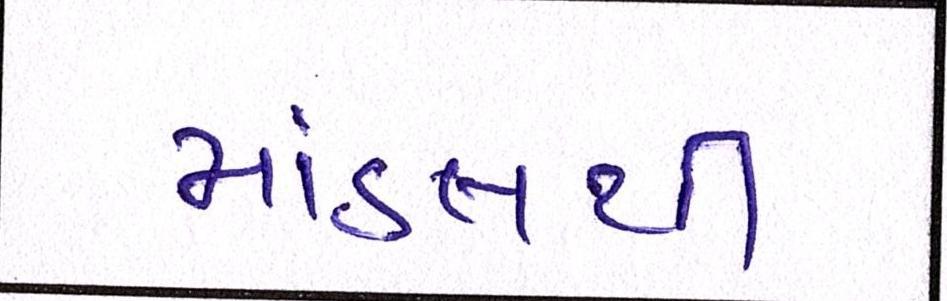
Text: માંડલથી